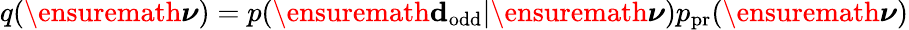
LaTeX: q(\ensuremath{\boldsymbol\nu})=p(\ensuremath{\mathbf d_{\mathrm{odd}}}|\ensuremath{\boldsymbol\nu})p_{\mathrm{pr}}(\ensuremath{\boldsymbol\nu})